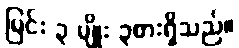
မြင်း ၃ မျိုး ၃စားရှိသည်။